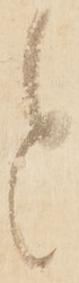
と